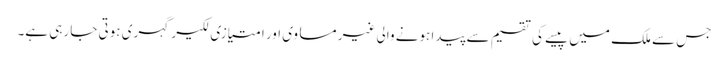
جس سے ملک میں پیسے کی تقسیم سے پیدا ہونے والی غیر مساوی اور امتیازی لکیر گہری ہوتی جا رہی ہے۔